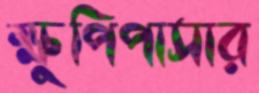
ক্ষুপিপাসার